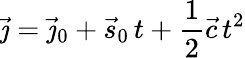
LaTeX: {\vec{\jmath}}={\vec{\jmath}}_{0}+{\vec{s}}_{0}\, t+{\frac{1}{2}}{\vec{c}}\, t^{2}